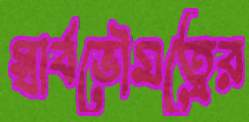
স্বার্বভৌমত্বের